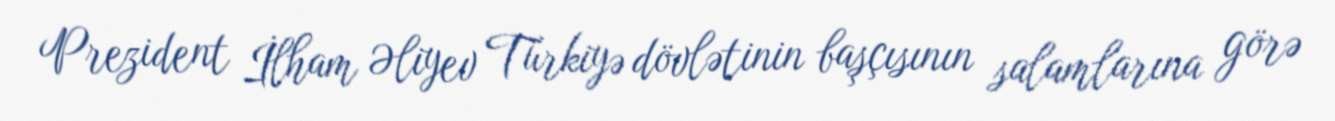
Prezident İlham Əliyev Türkiyə dövlətinin başçısının salamlarına görə